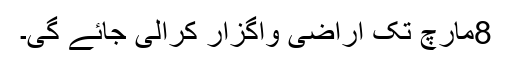
8مارچ تک اراضی واگزار کرالی جائے گی۔